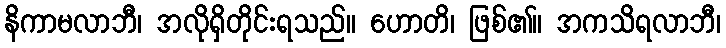
နိကာမလာဘီ၊ အလိုရှိတိုင်းရသည်။ ဟောတိ၊ ဖြစ်၏။ အကသိရလာဘီ၊